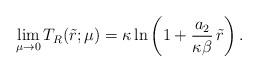
LaTeX: \begin{align*}\lim_{\mu \to 0} T_R(\tilde{r};\mu) = \kappa \ln \left( 1 + \frac{a_2}{\kappa \beta} \,\tilde{r} \right).\end{align*}